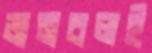
জনবলই